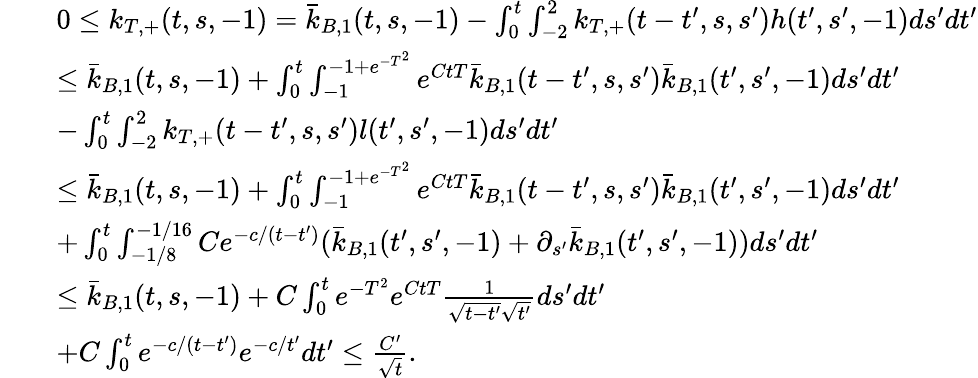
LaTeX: \begin{array}{rl}{\ \ \ \ }&{0\leq k_{T,+}(t,s,-1)=\bar{k}_{B,1}(t,s,-1)-\int_{0}^{t}\int_{-2}^{2}k_{T,+}(t-t^{\prime},s,s^{\prime})h(t^{\prime},s^{\prime},-1)ds^{\prime}dt^{\prime}}\\ &{\leq\bar{k}_{B,1}(t,s,-1)+\int_{0}^{t}\int_{-1}^{-1+e^{-T^{2}}}e^{CtT}\bar{k}_{B,1}(t-t^{\prime},s,s^{\prime})\bar{k}_{B,1}(t^{\prime},s^{\prime},-1)ds^{\prime}dt^{\prime}}\\ &{-\int_{0}^{t}\int_{-2}^{2}k_{T,+}(t-t^{\prime},s,s^{\prime})l(t^{\prime},s^{\prime},-1)ds^{\prime}dt^{\prime}}\\ &{\leq\bar{k}_{B,1}(t,s,-1)+\int_{0}^{t}\int_{-1}^{-1+e^{-T^{2}}}e^{CtT}\bar{k}_{B,1}(t-t^{\prime},s,s^{\prime})\bar{k}_{B,1}(t^{\prime},s^{\prime},-1)ds^{\prime}dt^{\prime}}\\ &{+\int_{0}^{t}\int_{-1/8}^{-1/16}Ce^{-c/(t-t^{\prime})}(\bar{k}_{B,1}(t^{\prime},s^{\prime},-1)+\partial_{s^{\prime}}\bar{k}_{B,1}(t^{\prime},s^{\prime},-1))ds^{\prime}dt^{\prime}}\\ &{\leq\bar{k}_{B,1}(t,s,-1)+C\int_{0}^{t}e^{-T^{2}}e^{CtT}\frac{1}{\sqrt{t-t^{\prime}}\sqrt{t^{\prime}}}ds^{\prime}dt^{\prime}}\\ &{+C\int_{0}^{t}e^{-c/(t-t^{\prime})}e^{-c/t^{\prime}}dt^{\prime}\leq\frac{C^{\prime}}{\sqrt{t}}.}\end{array}